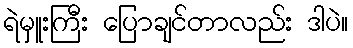
ရဲမှူးကြီး ပြောချင်တာလည်း ဒါပဲ။